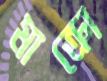
মাক্রো